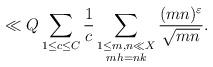
LaTeX: \begin{align*}\ll Q\sum_{1\leq c \leq C} \frac{1}{c} \sum_{\substack{1\leq m,n \ll X \\ mh=nk}} \frac{(mn)^\varepsilon }{\sqrt{mn}}.\end{align*}